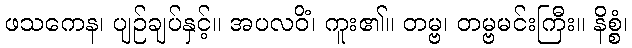
ဖသကေန၊ ပျဉ်ချပ်နှင့်။ အပလဝိံ၊ ကူး၏။ တမ္ဗ၊ တမ္ဗမင်းကြီး။ နိစ္စံ၊